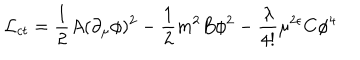
{ \cal L } _ { c t } = { \frac { 1 } { 2 } } A ( \partial _ { \mu } \phi ) ^ { 2 } - { \frac { 1 } { 2 } } m ^ { 2 } B \phi ^ { 2 } - { \frac { \lambda } { 4 ! } } \mu ^ { 2 \epsilon } C \phi ^ { 4 }